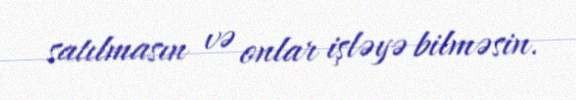
satılmasın və onlar işləyə bilməsin.